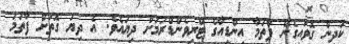
ކުދިން ގޮވައިގެން ފާތުމާ އިންޑިއާގެ ޓްރިވެންޑްރަމަށް ދިޔައެވެ. އެ ދިޔަ ގޮތަށް ފާތުމަ